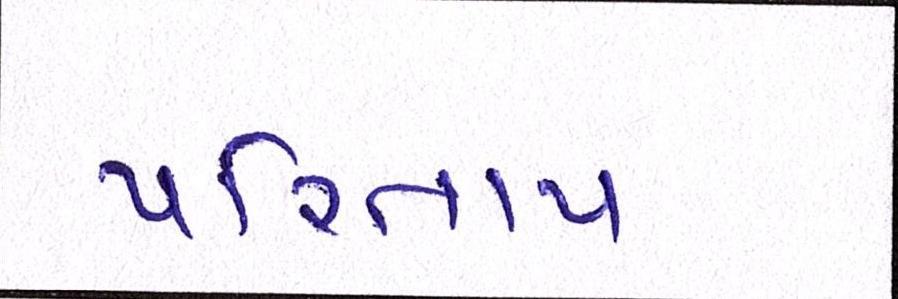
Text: પરિતાપ